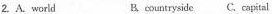
2. A.world B. countryside C. capital